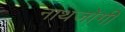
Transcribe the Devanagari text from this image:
नाथजोगी